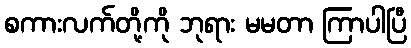
စကားလက်တို့ကို ဘုရား မမတာ ကြာပါပြီ